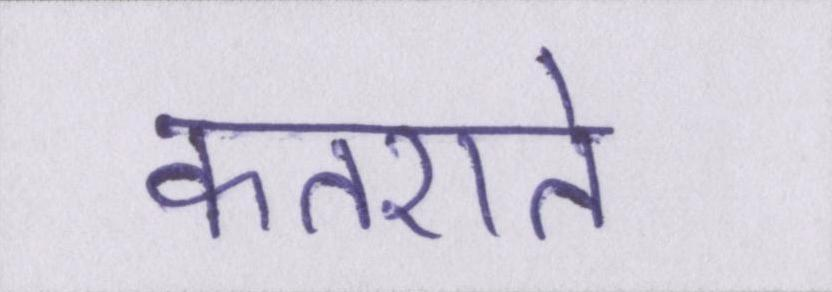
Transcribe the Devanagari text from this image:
कतराते